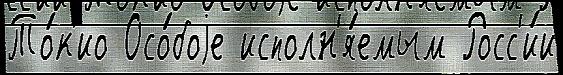
То́к'ио Осо́боjе исполн'я́емым Росс'и́и